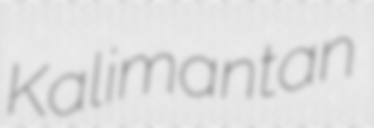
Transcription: Kalimantan